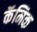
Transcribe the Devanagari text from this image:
कॅमिक